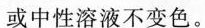
或中性溶液不变色。